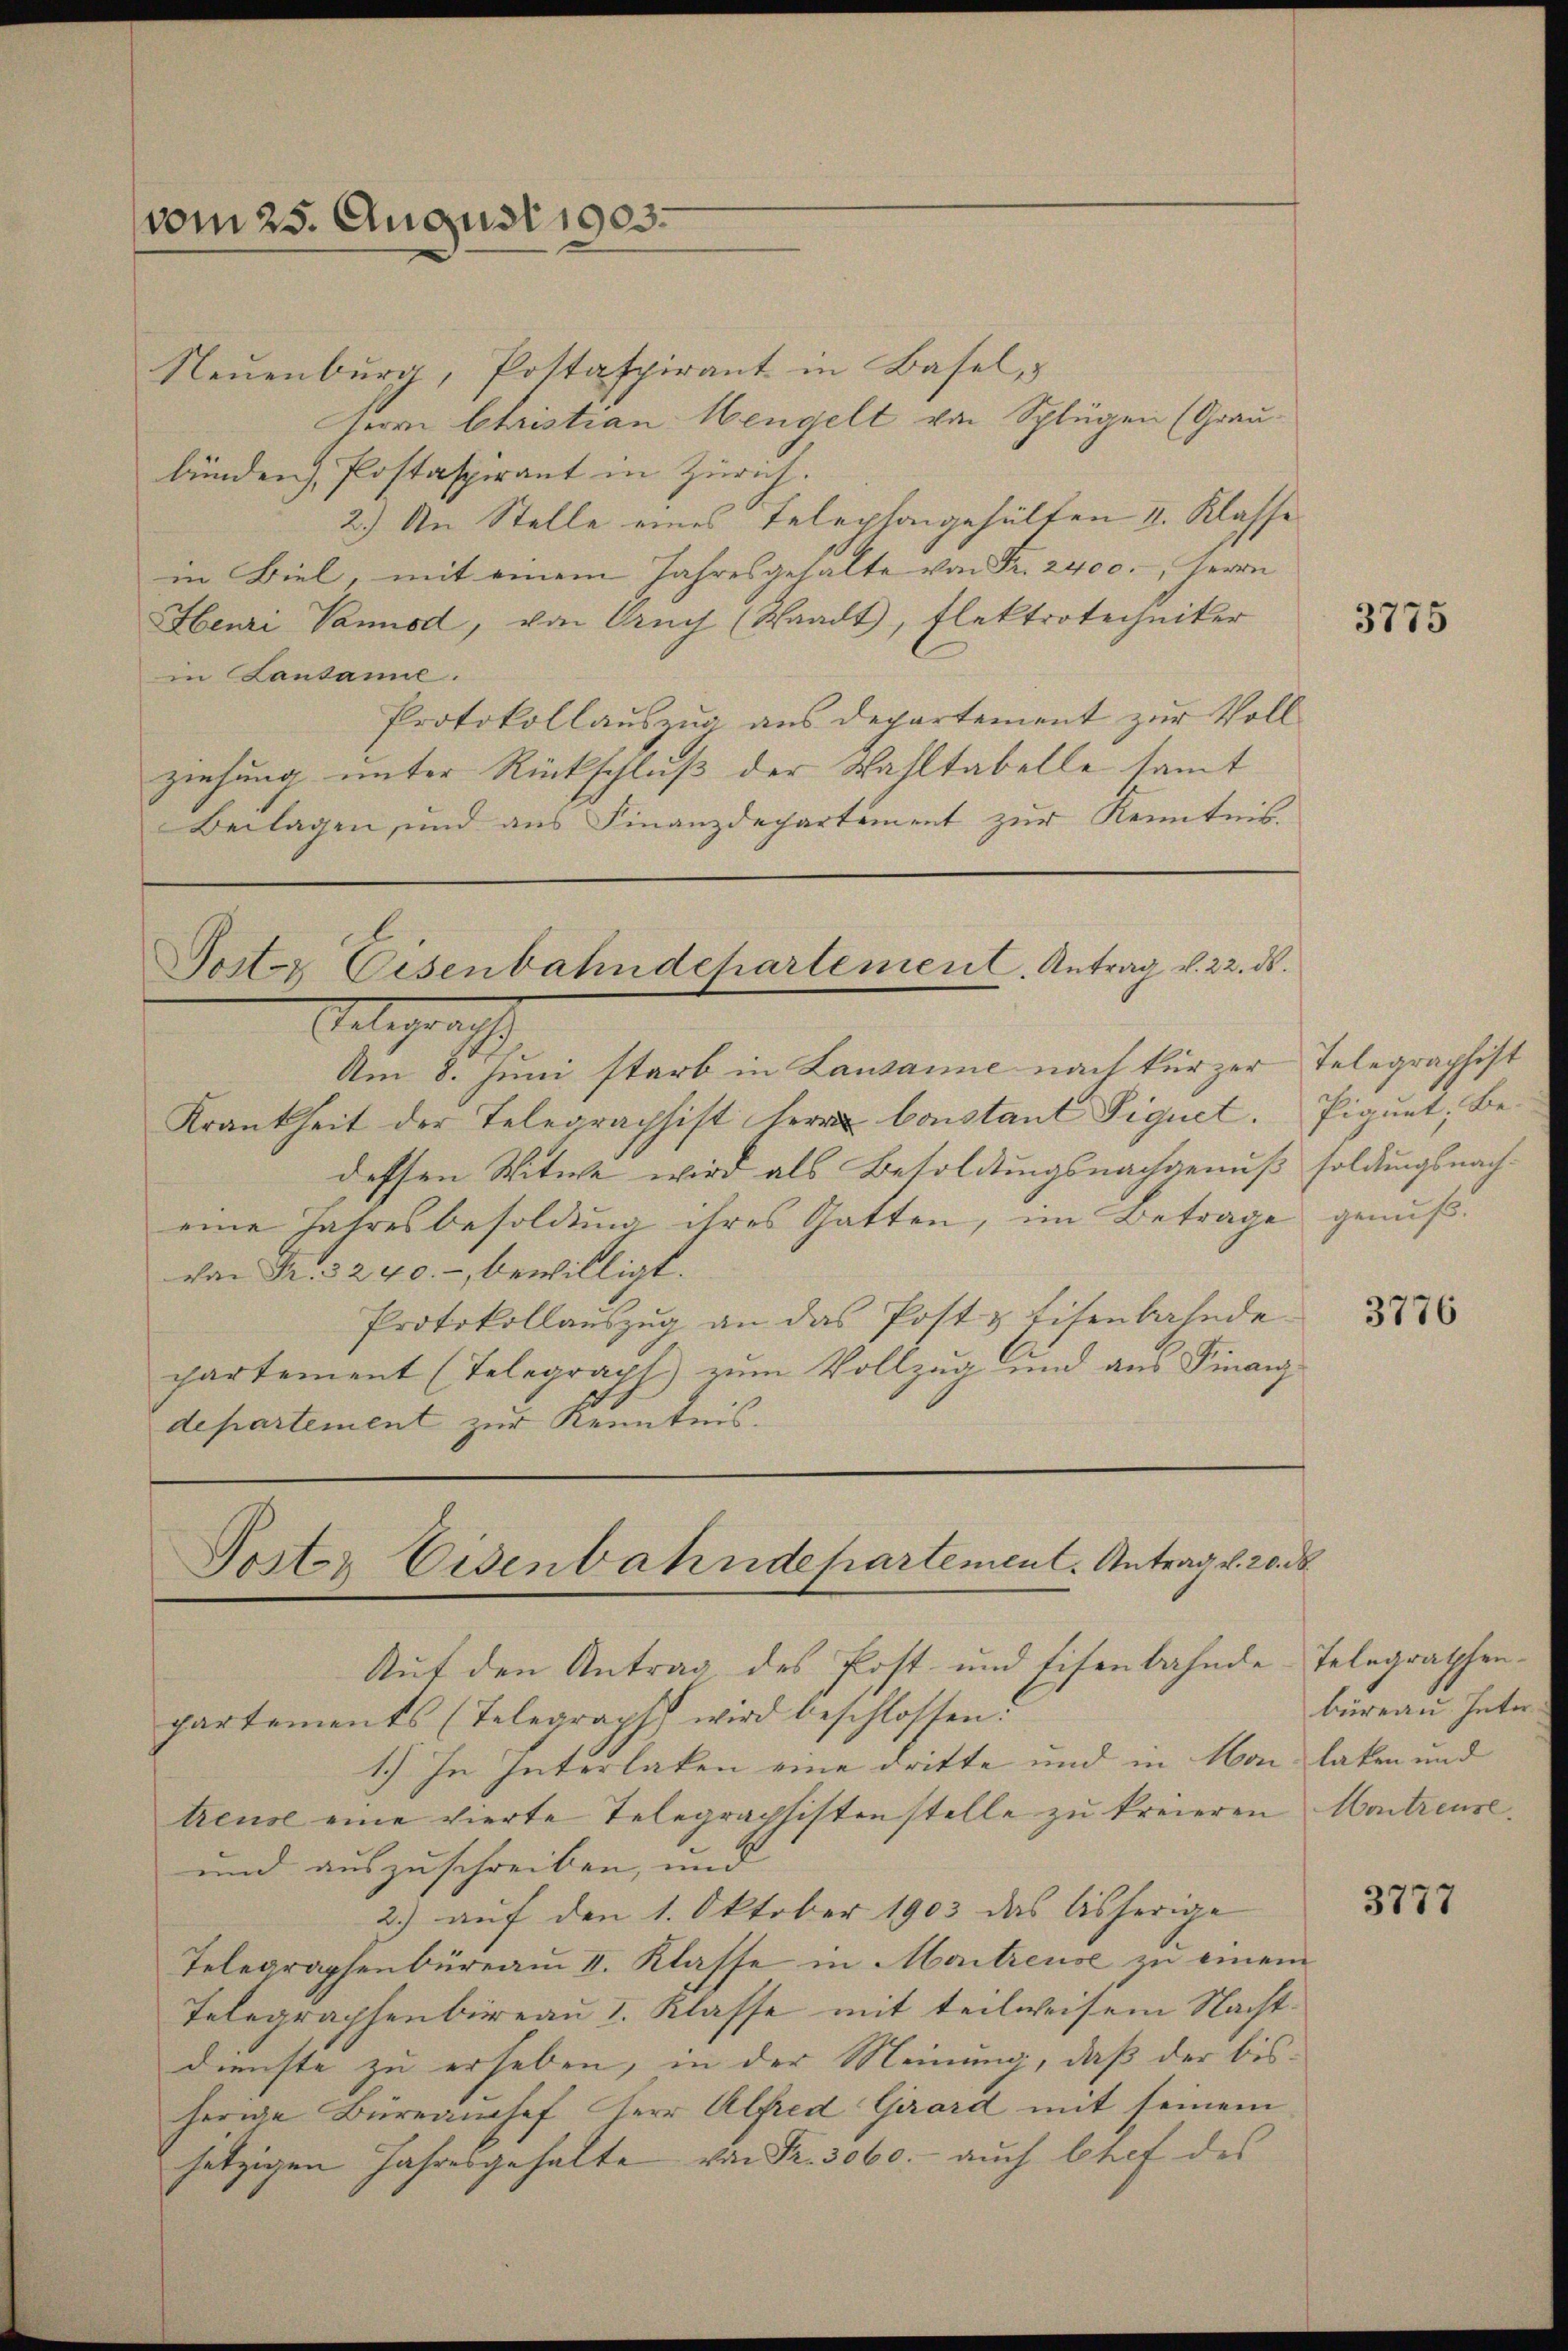
vom 25. August 1903.

Neuenburg, Pottaspirant in Basel, &
Herrn Christian Mengelt von Splügen (Grau-
bünden), Postaspirant in Zürich.
2.) An Stelle eines Telephongehalten I. Klasse
in Biel, mit einem Jahresgehalte von Fr. 2400. Herrn
Henri Vannod, von Auch (Waadt, Flektrotechniker
in Lausanne.
Protokollauszug aus Departement zur Voll
ziehung unter Rückschluß der Wahltabelle samt
Beilagen, und aus Finanzdepartement zur Kenntnis.
Poster Eisenbahndchartement. Antrag v. 22. d.
Gelegerisch
Am 8. Juni starb in Lausanne nach kürzer
Krankheit der Telegraphist herr Constant Piquet.
dessen Witwe wird als Besoldungsnachgenuß soldungsnacheine Jahresbesoldung ihres Gatten, im Betrage genußvon Fr. 3240.- bewilligt.
Protokollauszug an das Post & Eisenbahnde-
partement (Telegraph) zum Vollzug und aus Finanzdepartement zur Kenntnis.

Poster Eisenbahndepartement. Antrag d. 20. d.

Auf den Antrag des Post- und Eisenbahnde Telegraphenpartements (Telegraph wird beschlossen:
1.) In Interlaken eine dritte und in Von laten und
treuse eine vierte Telegraphistenstelle zu kreieren
und auszuschreiben, und
2.) auf den 1. Oktober 1903 das bisherige
Telegraphenbüreau I. Klasse in Maitreuse zu einem
Telegraphenbureau 1. Klasse mit teilweisem Nachtdienste zu erheben, in der Meinung, daß der bisherige Büreanchef Herr Alfred Girard mit seinem
jetzigen Jahresgehalte von Fr. 3060.- auch Chef des

3775

Telegraphist
Piqunt; Be-

3776

büreau. Inter
Hontreuse.

3777